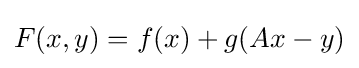
F(x,y)=f(x)+g(Ax-y)